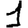
Digit: 1